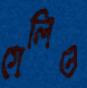
গেলিও